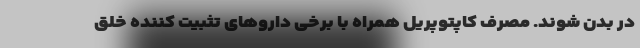
در بدن شوند. مصرف کاپتوپریل همراه با برخی داروهای تثبیت کننده خلق